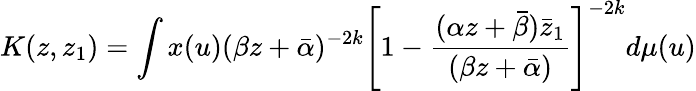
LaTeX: K(z,z_{1})=\int x(u)(\beta z+\bar{\alpha})^{-2k}\left[1-\frac{(\alpha z+\bar{\beta})\bar{z}_{1}}{(\beta z+\bar{\alpha})}\right]^{-2k}d\mu(u)